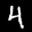
Label: 4